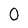
Character: 0